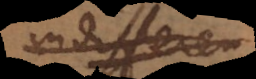
differen.